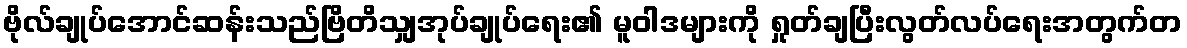
ဗိုလ်ချုပ်အောင်ဆန်းသည်ဗြိတိသျှအုပ်ချုပ်ရေး၏ မူဝါဒများကို ရှုတ်ချပြီးလွတ်လပ်ရေးအတွက်တ